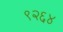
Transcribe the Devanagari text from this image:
९२६४